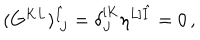
( G ^ { K L } ) _ { ~ J } ^ { \hat { I } } = \delta _ { J } ^ { [ K } \eta ^ { L ] \hat { I } } = 0 \, ,